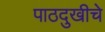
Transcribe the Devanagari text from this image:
पाठदुखीचे